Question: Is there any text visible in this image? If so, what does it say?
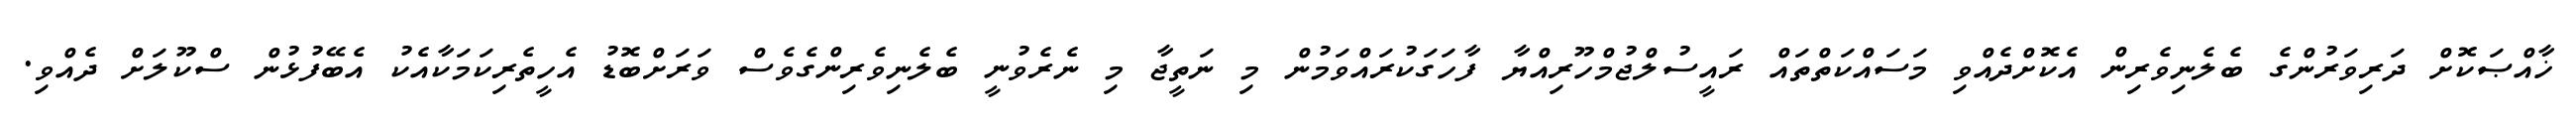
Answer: ޚާއްޞަކޮށް ދަރިވަރުންގެ ބެލެނިވެރިން އެކޮށްދެއްވި މަސައްކަތްތައް ރައީސުލްޖުމްހޫރިއްޔާ ފާހަގަކުރައްވަމުން މި ނަތީޖާ މި ނެރެވުނީ ބެލެނިވެރިންގެވެސް ވަރަށްބޮޑު އެހީތެރިކަމަކާއެކު އެބޭފުޅުން ސްކޫލަށް ދެއްވި.